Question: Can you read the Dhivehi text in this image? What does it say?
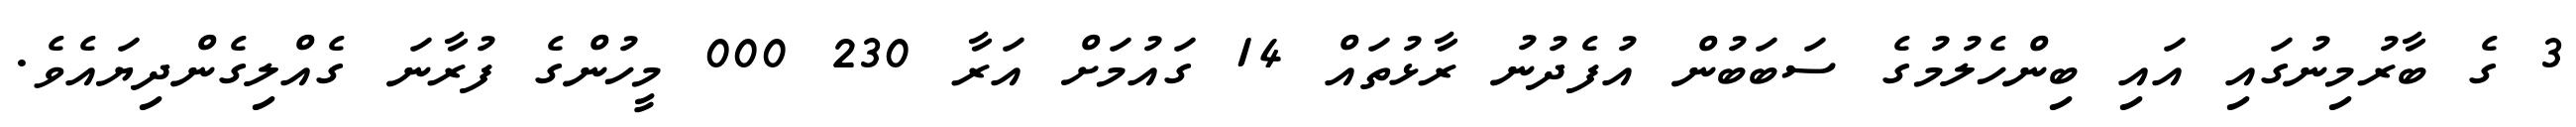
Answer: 3 ގެ ބާރުމިނުގައި އައި ބިންހެލުމުގެ ސަބަބުން އުފެދުނު ރާޅުތައް 14 ގައުމަށް އަރާ 230 000 މީހުންގެ ފުރާނަ ގެއްލިގެންދިޔައެވެ.